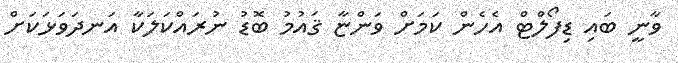
ވާނީ ބައި ޑިފޯލްޓް އެހެން ކަމަށް ވަންޏާ ޤައުމު ބޮޑު ނުރައްކަލަކާ އަނދަވަޅަކަށް